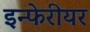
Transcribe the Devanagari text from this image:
इन्फेरीयर